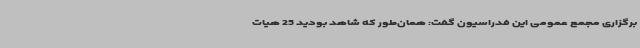
برگزاری مجمع عمومی این فدراسیون گفت: همان‌طور که شاهد بودید 25 هیات